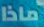
ماذا